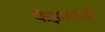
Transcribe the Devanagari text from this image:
फैझाबादी